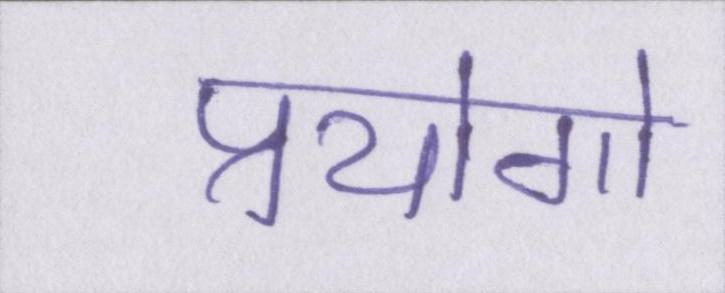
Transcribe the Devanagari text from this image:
प्रयोगो